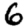
Digit: 6